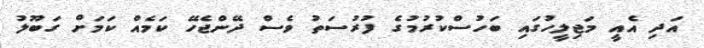
އަދި އެއީ މަޖިލީހުގައި ބަހުސްކުރުމުގެ ފުރުސަތު ވެސް ދޭންޖެހޭ ކަމެއް ކަމަށް ގަބޫލު